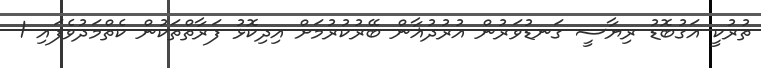
ތުރުކީ އަގުބޮޑު ރިޔާސީ ގަނޑުވަރުން އުރުދުޣާން ބޭރުކުރުމަށް އިދިކޮޅު ފަރާތްތަކުން ކެތްމަދުވެފައި 1